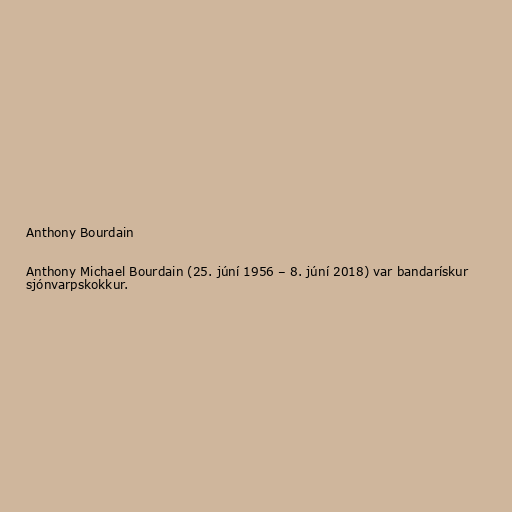
Anthony Bourdain

Anthony Michael Bourdain (25. júní 1956 – 8. júní 2018) var bandarískur
sjónvarpskokkur.